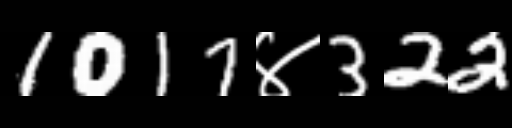
Text: 1017४322